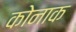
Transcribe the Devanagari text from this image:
कोनाक